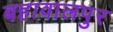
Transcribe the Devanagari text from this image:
बहावालपुर